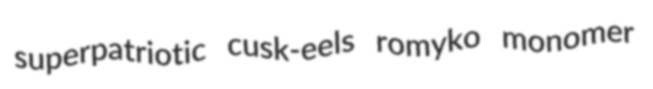
superpatriotic cusk-eels romyko monomer